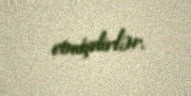
etmişdirlər.